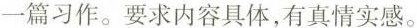
一篇习作。要求内容具体，有真情实感。